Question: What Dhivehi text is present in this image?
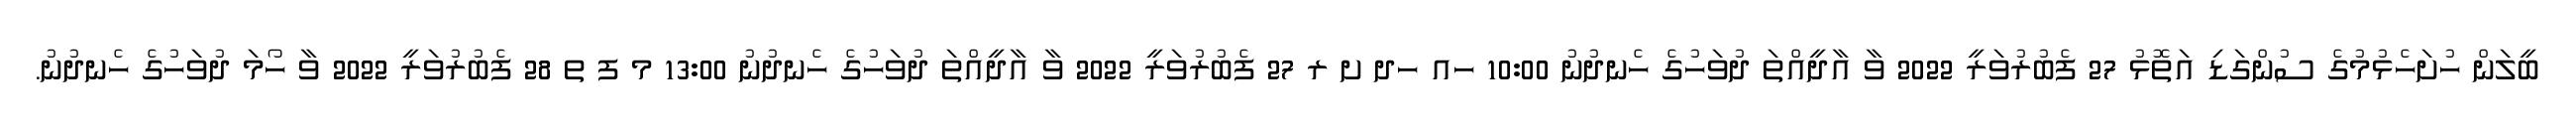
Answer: ބީލަން ހުށަހެޅުމުގެ ސުންގަޑި އަތޮޅު 27 ފެބުރުވަރީ 2022 ވާ އާދީއްތަ ދުވަހުގެ ހެނދުނު 10:00 ހއ ހދ ށ ރ 27 ފެބުރުވަރީ 2022 ވާ އާދީއްތަ ދުވަހުގެ ހެނދުނު 13:00 މ ފ ތ 28 ފެބުރުވަރީ 2022 ވާ ހޯމަ ދުވަހުގެ ހެނދުނު.